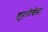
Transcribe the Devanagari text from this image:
लुहारीखेड़ा